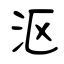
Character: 沤